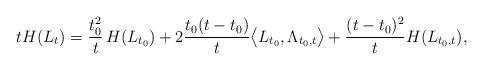
LaTeX: \begin{align*}t H(L_t)= \frac{t_0^2}{t}\, H(L_{t_0})+2 \frac{t_0(t-t_0)}{t}\big\langle L_{t_0} , \Lambda_{t_0,t}\big\rangle+ \frac{(t-t_0)^2}{t}H(L_{t_0,t}),\end{align*}